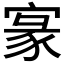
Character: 𡩀